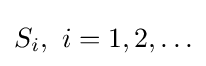
S_{i},\ i=1,2,\ldots